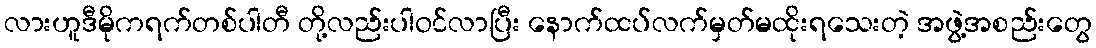
လားဟူဒီမိုကရက်တစ်ပါတီ တို့လည်းပါဝင်လာပြီး နောက်ထပ်လက်မှတ်မထိုးရသေးတဲ့ အဖွဲ့အစည်းတွေ